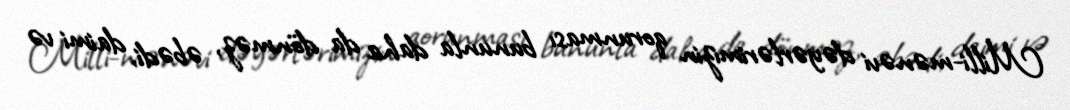
Milli-mənəvi dəyərlərimizin qorunması bununla daha da dönməz, əbədi, daimi və